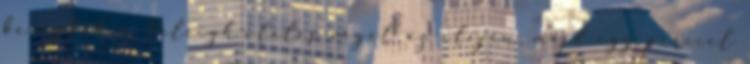
bevágták a Haleigh-ölelés végét az elején, majd egy perccel